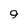
Character: 9